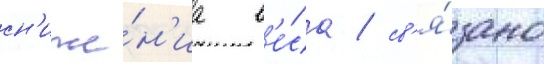
сн'иже́н'иа в'е́са / св'я́зано